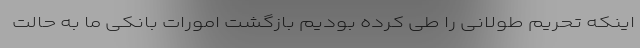
اینکه تحریم طولانی را طی کرده بودیم بازگشت امورات بانکی ما به حالت